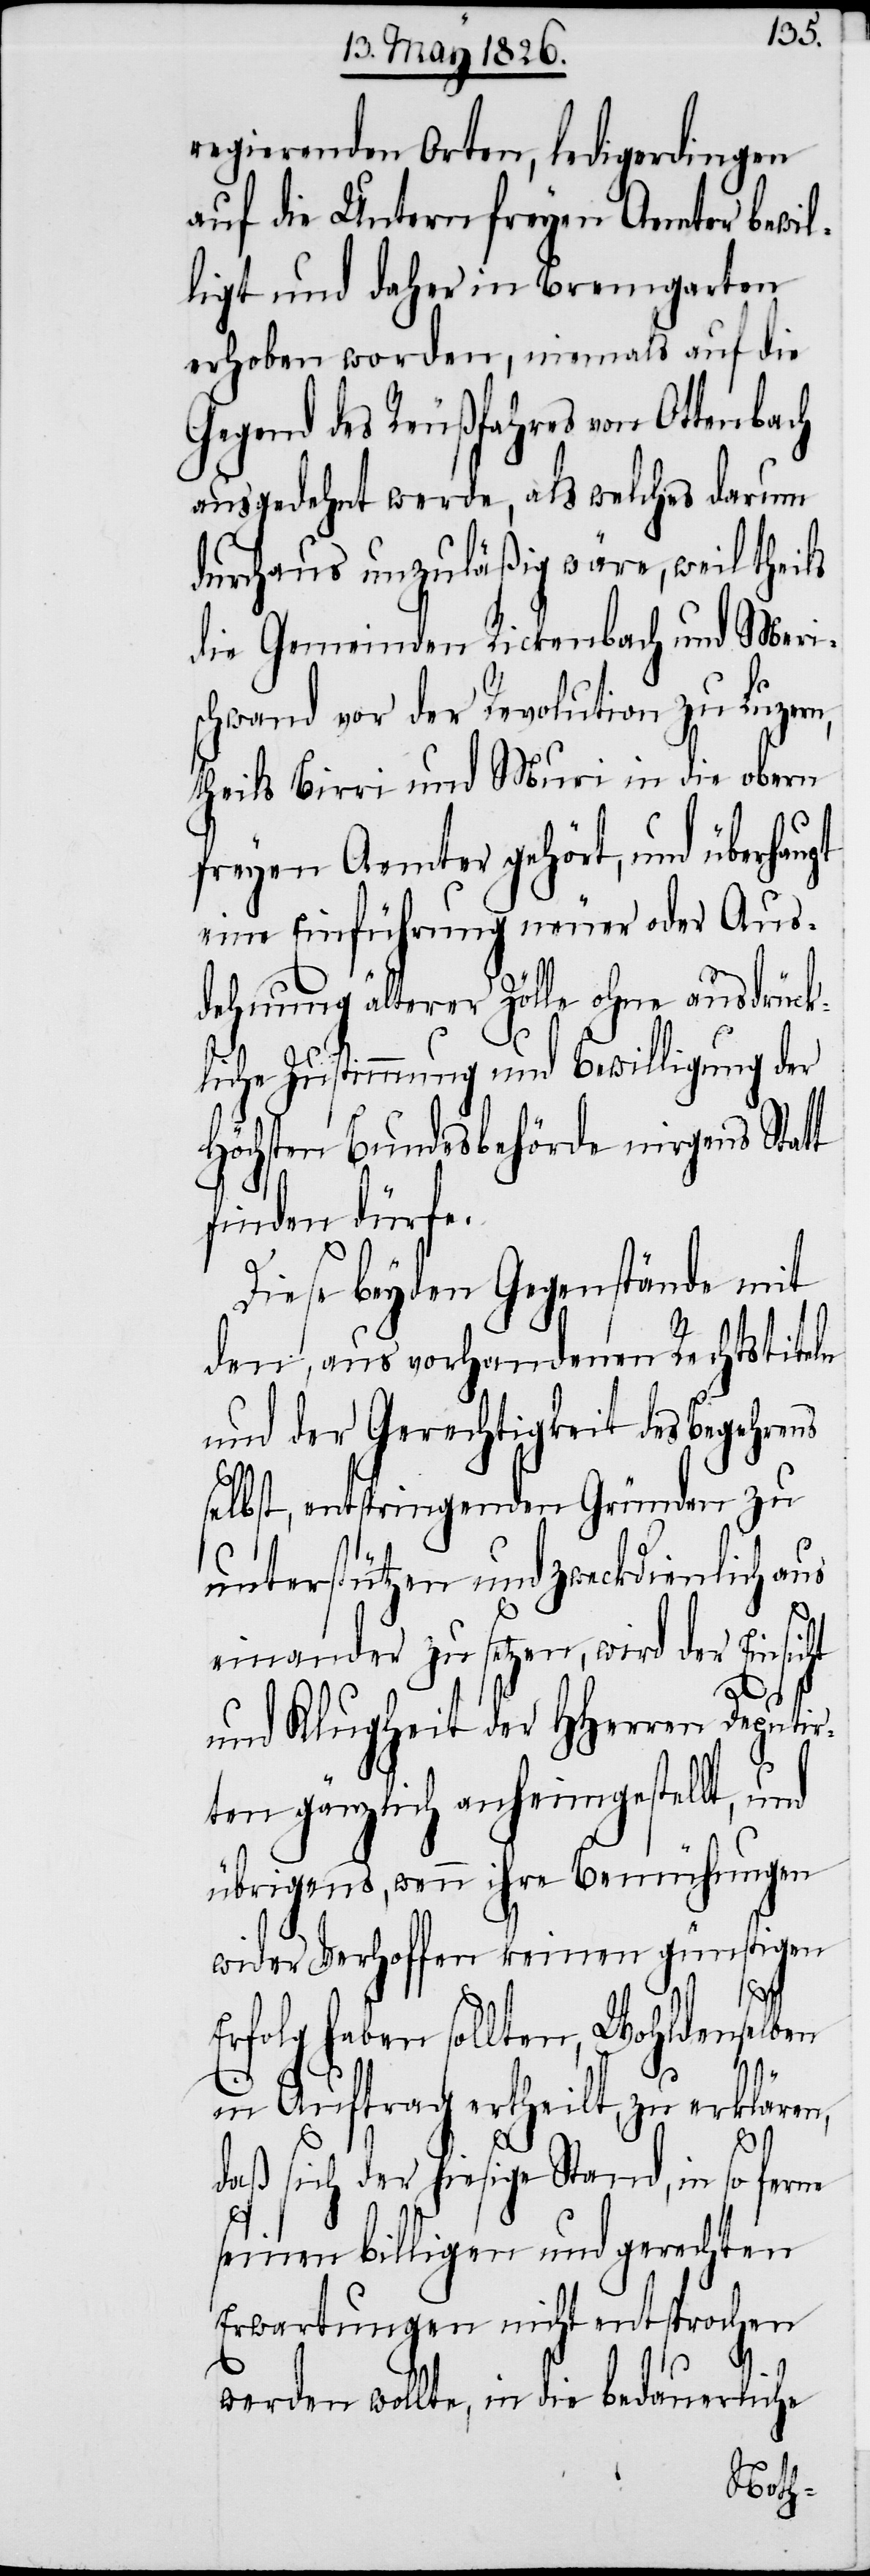
regierenden Orten, ledigerdingen
auf die Untern freyen Aemter bewil¬
ligt und daher in Bremgarten
erhoben worden, niemals auf die
Gegend des Reußfahres von Ottenbach
ausgedehnt werde, als welches darum
durchaus unzuläßig wäre, weil theils
die Gemeinden Rickenbach und Meri¬
schwand vor der Revolution zu Luzern,
theils Birri und Muri in die obern
freyen Aemter gehört, und überhaupt
eine Einführung neuer oder Aus¬
dehnung älterer Zölle ohne ausdrück¬
liche Zustimmung und Bewilligung der
Höchsten Bundesbehörde nirgens Statt
finden dürfe.
Diese beyden Gegenstände mit
den, aus vorhandenen Rechtstiteln
und der Gerechtigkeit des Begehrens
selbst, entspringenden Gründen zu
unterstützen und zweckdienlich aus
einander zu setzen, wird der Einsicht
und Klugheit der HHerren Deput¬
ten gänzlich aufheimgestellt, und
übrigens, wenn ihre Bemühungen
wider Verhoffen keinen günstigen
Erfolg haben sollten, Wohldenselben
in Auftrag ertheilt, zu erklären,
daß sich der hiesige Stand in so ferne
seinen billigen und gerechte
Erwartungen nicht entsprochen
werden wollte, in die bedauerliche
ir¬